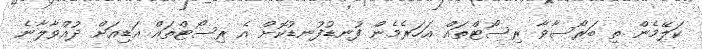
ކަލޭމެން ތި ބަރޯސާވާ ރިސޯޓްތައް އަހަރެމެން ފުނޑުފުނޑުކޮށް އެ ރިސޯޓްތައް އަޑިއަށް ދުއްވާލާނެ